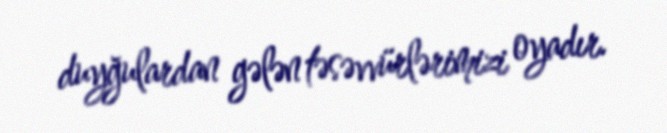
duyğulardan gələn təsəvvürlərimizi oyadır.